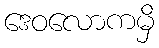
ဒေဝလောကမှိ